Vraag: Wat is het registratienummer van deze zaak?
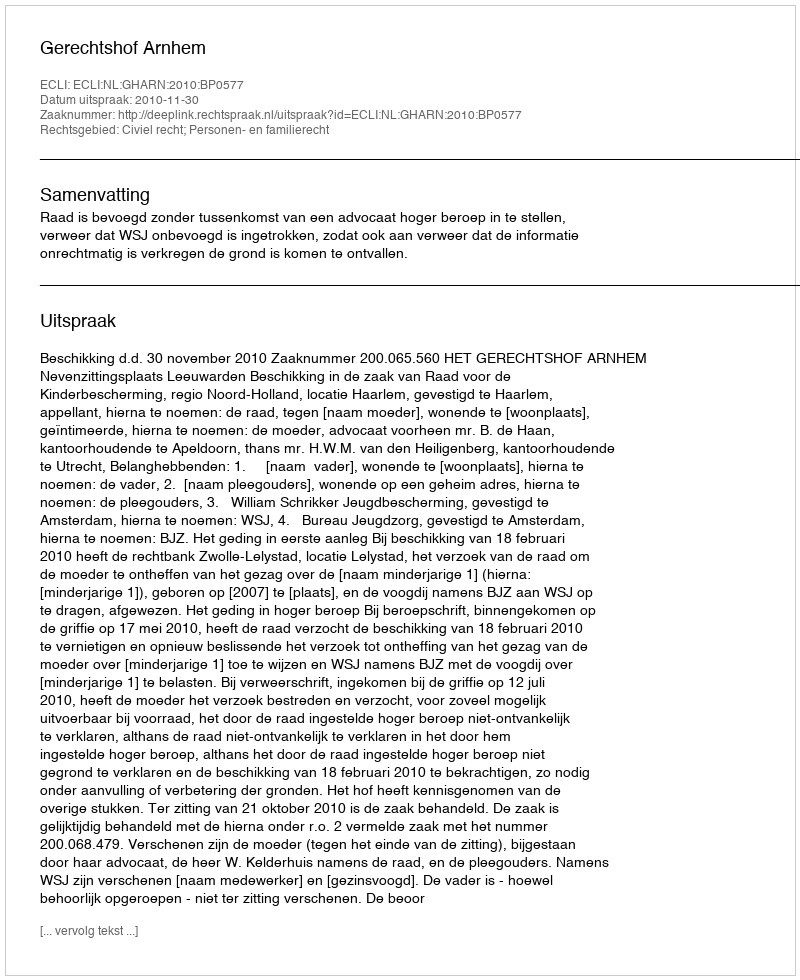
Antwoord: http://deeplink.rechtspraak.nl/uitspraak?id=ECLI:NL:GHARN:2010:BP0577